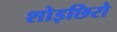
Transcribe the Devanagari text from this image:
शोइछिरो